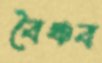
বৈঞ্চব